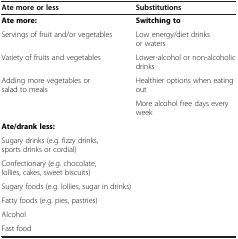
<table><thead><tr><td><b>Ate more or less</b></td><td><b>Substitutions</b></td></tr></thead><tbody><tr><td><b>Ate more:</b></td><td><b>Switching to</b></td></tr><tr><td>Servings of fruit and/or vegetables</td><td>Low energy/diet drinks or waters</td></tr><tr><td>Variety of fruits and vegetables</td><td>Lower-alcohol or non-alcoholic drinks</td></tr><tr><td>Adding more vegetables or salad to meals</td><td>Healthier options when eating out</td></tr><tr><td> </td><td>More alcohol free days every week</td></tr><tr><td><b>Ate/drank less:</b></td><td> </td></tr><tr><td>Sugary drinks (e.g. fizzy drinks, sports drinks or cordial)</td><td> </td></tr><tr><td>Confectionary (e.g. chocolate, lollies, cakes, sweet biscuits)</td><td> </td></tr><tr><td>Sugary foods (e.g. lollies, sugar in drinks)</td><td> </td></tr><tr><td>Fatty foods (e.g. pies, pastries)</td><td> </td></tr><tr><td>Alcohol</td><td> </td></tr><tr><td>Fast food</td><td> </td></tr></tbody></table>